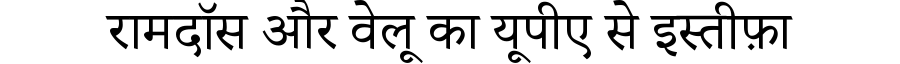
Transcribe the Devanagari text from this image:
रामदॉस और वेलू का यूपीए से इस्तीफ़ा